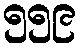
၅၅၉